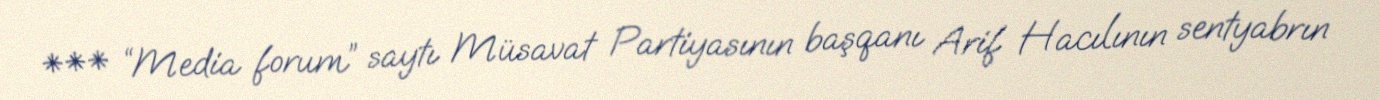
*** “Media forum” saytı Müsavat Partiyasının başqanı Arif Hacılının sentyabrın